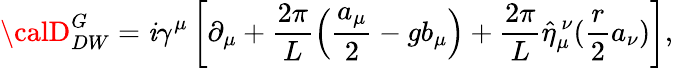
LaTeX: {\calD}_{DW}^{G}=\mathit{i}\gamma^{\mu}\left[\partial_{\mu}+\frac{{2\pi}}{{L}}\left(\frac{{a_{\mu}}}{{2}}-gb_{\mu}\right)+\frac{{2\pi}}{{L}}\hat{{\eta}}_{\mu}^{~\nu}(\frac{{r}}{{2}}a_{\nu})\right],